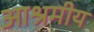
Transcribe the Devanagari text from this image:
आश्रमीय